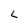
Character: L